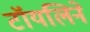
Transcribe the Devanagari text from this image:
टॉयलिने